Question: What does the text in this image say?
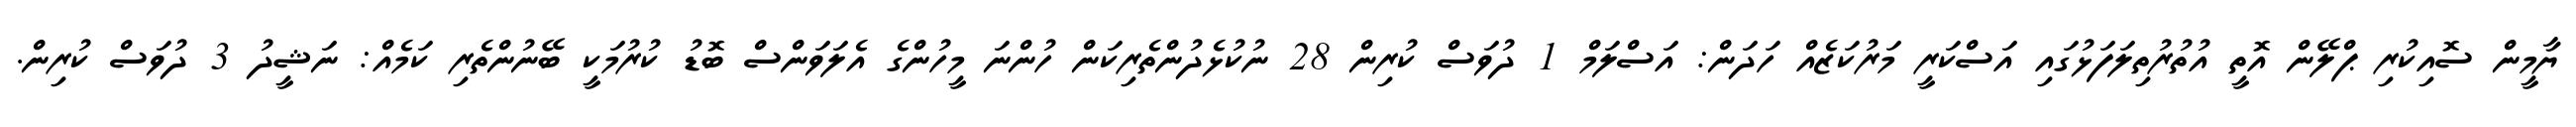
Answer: ޔާމީން ސޮއިކުރި ޕްލޭން އޮތީ އުތުރުތިލަފަޅުގައި އަސްކަރީ މަރުކަޒެއް ހަދަން: އަސްލަމް 1 ދުވަސް ކުރިން 28 ނުކުޅެދުންތެރިކަން ހުންނަ މީހުންގެ އެލަވަންސް ބޮޑު ކުރުމަކީ ބޭނުންތެރި ކަމެއް: ނަޝީދު 3 ދުވަސް ކުރިން.